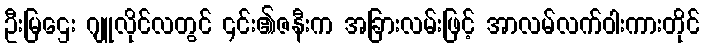
ဦးမြဌေး ဂျူလိုင်လတွင် ၎င်း၏ဇနီးက အခြားလမ်းဖြင့် အာလမ်လက်ဝါးကားတိုင်